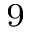
^ 9